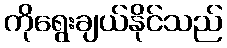
ကိုရွေးချယ်နိုင်သည်